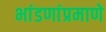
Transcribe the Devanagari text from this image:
भांडणांप्रमाणे